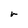
Character: r